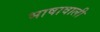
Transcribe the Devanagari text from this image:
भाषावाली